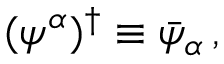
( \psi ^ { \alpha } ) ^ { \dagger } \equiv \bar { \psi } _ { \alpha } \, ,